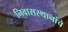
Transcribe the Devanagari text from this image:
निवासस्थानांचे